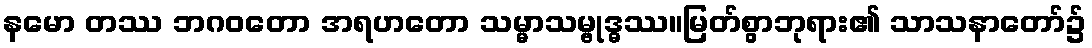
နမော တဿ ဘဂဝတော အရဟတော သမ္မာသမ္ဗုဒ္ဓဿ။မြတ်စွာဘုရား၏ သာသနာတော်၌